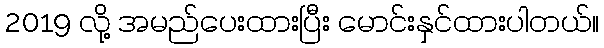
2019 လို့ အမည်ပေးထားပြီး မောင်းနှင်ထားပါတယ်။